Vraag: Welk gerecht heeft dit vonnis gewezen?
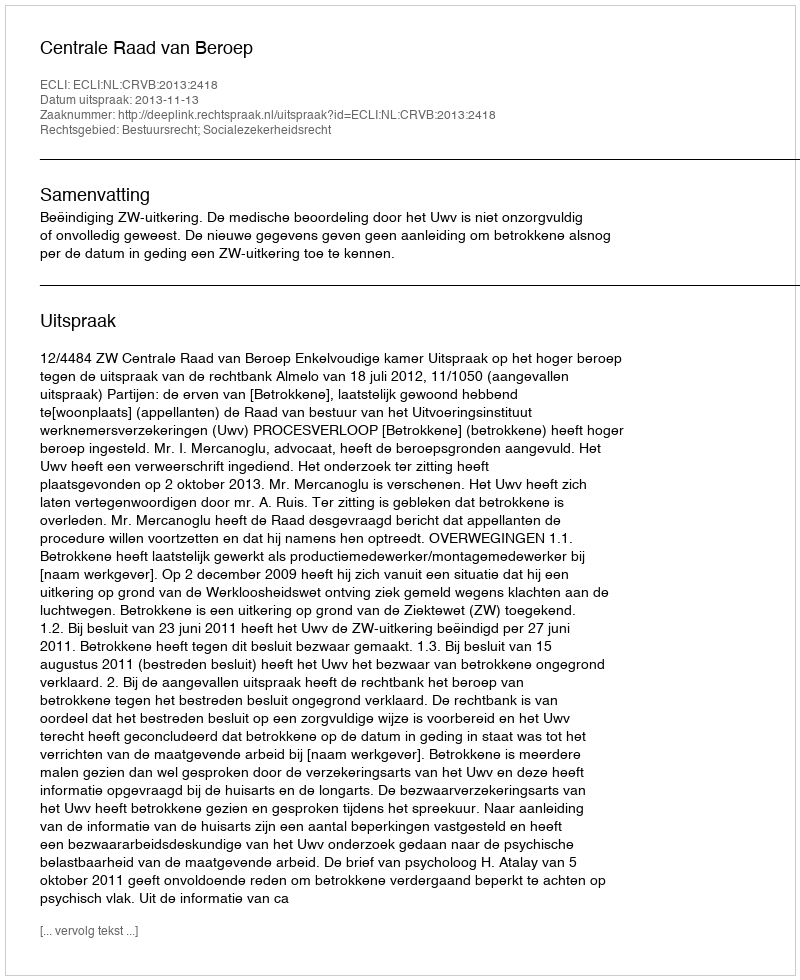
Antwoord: Centrale Raad van Beroep